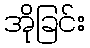
အိုခြင်း